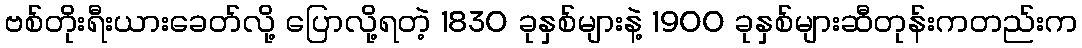
ဗစ်တိုးရီးယားခေတ်လို့ ပြောလို့ရတဲ့ 1830 ခုနှစ်များနဲ့ 1900 ခုနှစ်များဆီတုန်းကတည်းက